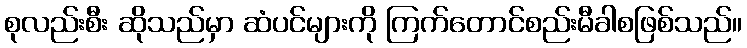
စုလည်းစီး ဆိုသည်မှာ ဆံပင်များကို ကြက်တောင်စည်းမီခါစဖြစ်သည်။